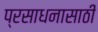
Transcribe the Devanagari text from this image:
प्रसाधनासाठी